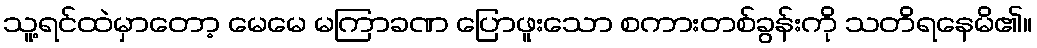
သူ့ရင်ထဲမှာတော့ မေမေ မကြာခဏ ပြောဖူးသော စကားတစ်ခွန်းကို သတိရနေမိ၏။